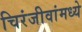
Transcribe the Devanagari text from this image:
चिरंजीवांमध्ये